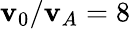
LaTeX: \mathbf{v}_{0}/\mathbf{v}_{A}=8